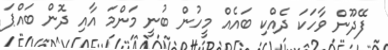
ފޭދޫން ވާހަކަ ދެއްކި ބައެއް މީހުން ބުނީ މަންމަ އާއި ދޮން ބައްޕަ